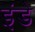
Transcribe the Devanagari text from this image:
इंडे